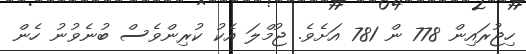
ހިޖުރައިން 778 ން 781 އަށެވެ. ޖުމްލަ އެކު ކުރިންވެސް ބުނެވުނު ހެން